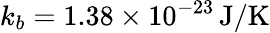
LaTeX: k_{b}=1.38\times 10^{-23}\, \mathrm{J}/\mathrm{K}